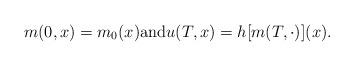
LaTeX: \begin{align*} m(0,x)=m_0(x)\hbox{and}u(T,x) = h[m(T,\cdot)] (x) .\end{align*}